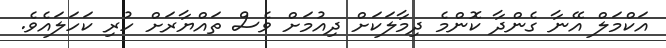
އަކްމަލް އޭނާ ގެންދާ ކޮންމެ ދިމާލަކަށް ދިއުމަށް ވެސް ތައްޔާރަށް ހުރި ކަހަލައެވެ.